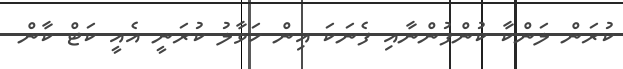
ކުރަން ލަންކާ ކުންފުންނާއި ފެނަކަ އިން ހަވާލު ކުރަނީ އެއީ ކަޓް ކާން